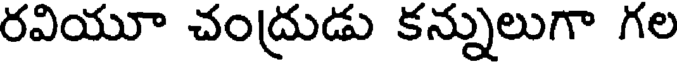
రవియూ చంద్రుడు కన్నులుగా గల